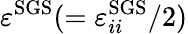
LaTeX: \varepsilon^{\mathrm{SGS}}(=\varepsilon_{ii}^{\mathrm{SGS}}/2)